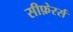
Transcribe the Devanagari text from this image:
सीफ़ेरर्स